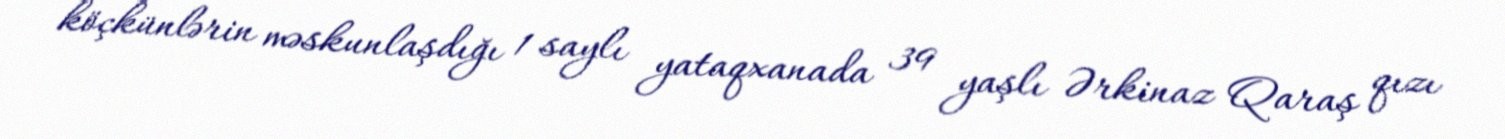
köçkünlərin məskunlaşdığı 1 saylı yataqxanada 39 yaşlı Ərkinaz Qaraş qızı